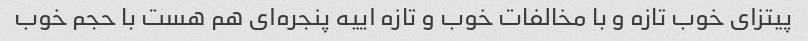
پیتزای خوب تازه و با مخالفات خوب و تازه اییه پنجره‌ای هم هست با حجم خوب